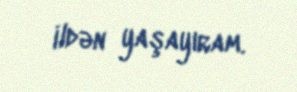
ildən yaşayıram.